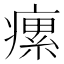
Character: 瘰